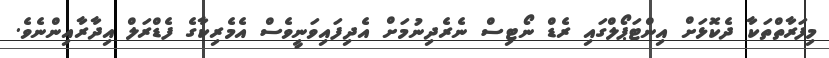
މިފަރާތްތަކާ ދެކޮޅަށް އިންޓަޕޯލްގައި ރެޑް ނޯޓިސް ނެރެދިނުމަށް އެދިފައިވަނީވެސް އެމެރިކާގެ ފެޑްރަލް އިދާރާއިންނެވެ.